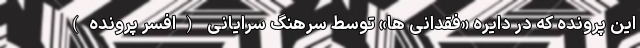
این پرونده که در دایره «فقدانی ها» توسط سرهنگ سرایانی (افسر پرونده)